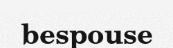
bespouse